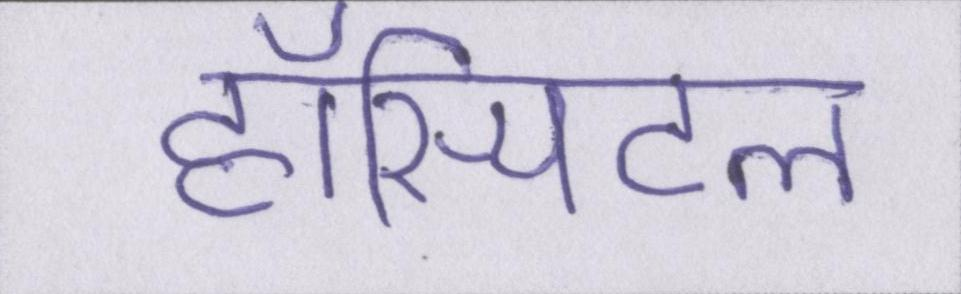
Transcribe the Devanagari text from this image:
हॉस्पिटल